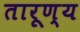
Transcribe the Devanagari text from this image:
तारूण्य